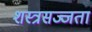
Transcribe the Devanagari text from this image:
शस्त्रसज्जता